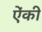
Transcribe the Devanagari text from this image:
ऐंकी